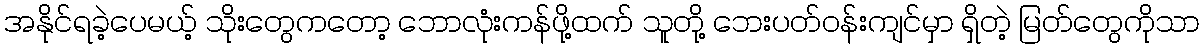
အနိုင်ရခဲ့ပေမယ့် သိုးတွေကတော့ ဘောလုံးကန်ဖို့ထက် သူတို့ ဘေးပတ်ဝန်းကျင်မှာ ရှိတဲ့ မြတ်တွေကိုသာ